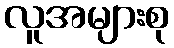
လူအများစု